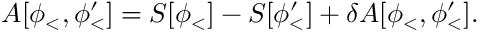
A [ \phi _ { < } , \phi _ { < } ^ { \prime } ] = S [ \phi _ { < } ] - S [ \phi _ { < } ^ { \prime } ] + \delta A [ \phi _ { < } , \phi _ { < } ^ { \prime } ] .